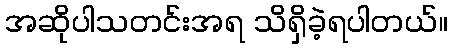
အဆိုပါသတင်းအရ သိရှိခဲ့ရပါတယ်။